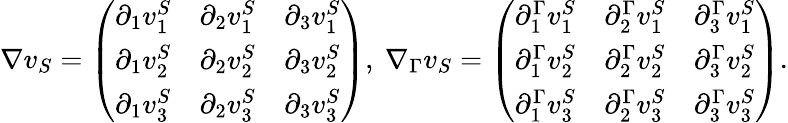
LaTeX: \nabla v_{S}=\left(\begin{array}{lll}{\partial_{1}v_{1}^{S}}&{\partial_{2}v_{1}^{S}}&{\partial_{3}v_{1}^{S}}\\ {\partial_{1}v_{2}^{S}}&{\partial_{2}v_{2}^{S}}&{\partial_{3}v_{2}^{S}}\\ {\partial_{1}v_{3}^{S}}&{\partial_{2}v_{3}^{S}}&{\partial_{3}v_{3}^{S}}\end{array}\right),{\ }\nabla_{\Gamma}v_{S}=\left(\begin{array}{lll}{\partial_{1}^{\Gamma}v_{1}^{S}}&{\partial_{2}^{\Gamma}v_{1}^{S}}&{\partial_{3}^{\Gamma}v_{1}^{S}}\\ {\partial_{1}^{\Gamma}v_{2}^{S}}&{\partial_{2}^{\Gamma}v_{2}^{S}}&{\partial_{3}^{\Gamma}v_{2}^{S}}\\ {\partial_{1}^{\Gamma}v_{3}^{S}}&{\partial_{2}^{\Gamma}v_{3}^{S}}&{\partial_{3}^{\Gamma}v_{3}^{S}}\end{array}\right).